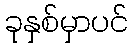
ခုနှစ်မှာပင်